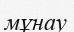
мұнау